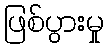
ဖြစ်ပွားမှု